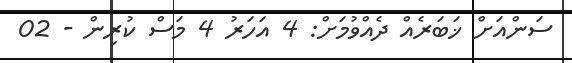
ސަންއަށް ޚަބަރެއް ދެއްވުމަށް: 4 އަހަރު 4 މަސް ކުރިން - 02